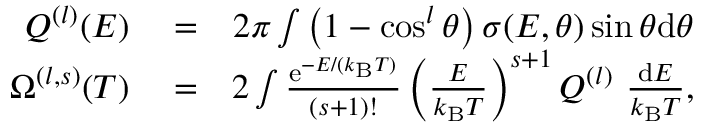
\begin{array} { r l r } { Q ^ { ( l ) } ( E ) } & { { } = } & { 2 \pi \int \left( 1 - \cos ^ { l } \theta \right) \sigma ( E , \theta ) \sin \theta \mathrm { d } \theta } \\ { \Omega ^ { ( l , s ) } ( T ) } & { { } = } & { 2 \int \frac { \mathrm { e } ^ { - E / ( k _ { \mathrm { B } } T ) } } { ( s + 1 ) ! } \left( \frac { E } { k _ { \mathrm { B } } T } \right) ^ { s + 1 } Q ^ { ( l ) } ~ \frac { \mathrm { d } E } { k _ { \mathrm { B } } T } , } \end{array}